Report on the Civil Veterinary Department, Eastern Bengal and Assam - 1907-1911
Year: 1907
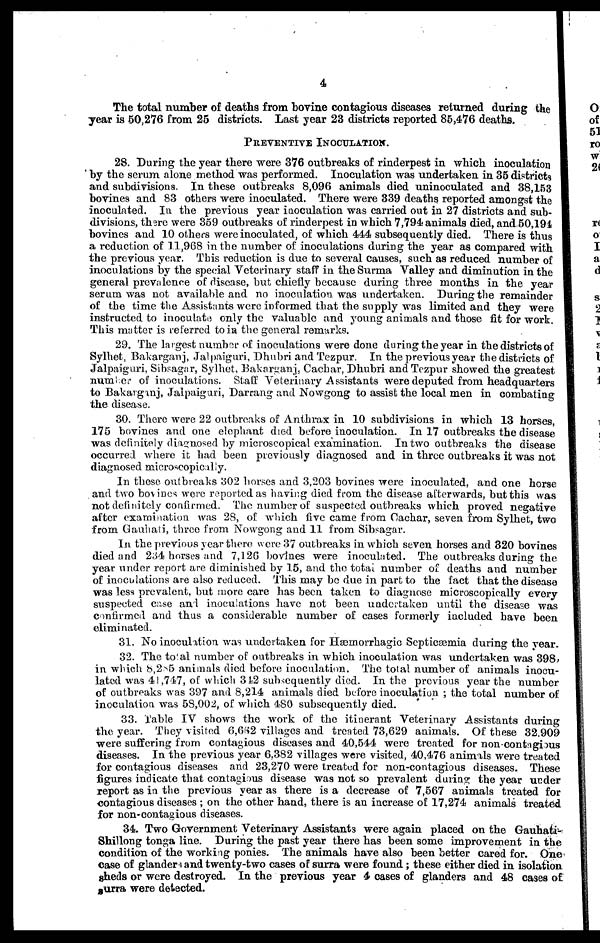
4
The total number of deaths from bovine contagious diseases returned during the
year is 50,276 from 25 districts. Last year 23 districts reported 85,476 deaths.
PREVENTIVE
INOCULATION.
28. During the year there were 376 outbreaks of rinderpest in which inoculation
by the serum alone method was performed. Inoculation was undertaken in 35 districts
and subdivisions. In these outbreaks 8,096 animals died uninoculated and 38,153
bovines and 83 others were inoculated. There were 339 deaths reported amongst the
inoculated. In the previous year inoculation was carried out in 27 districts and sub-
divisions, there were 359 outbreaks of rinderpest in which 7,794 animals died, and 50,194
bovines and 10 others were inoculated, of which 444 subsequently died. There is thus
a reduction of 11,968 in the number of inoculations during the year as compared with
the previous year. This reduction is due to several causes, such as reduced number of
inoculations by the special Veterinary staff in the Surma Valley and diminution in the
general prevalence of disease, but chiefly because during three months in the year
serum was not available and no inoculation was undertaken. During the remainder
of the time the Assistants were informed that the supply was limited and they were
instructed to inoculate only the valuable and young animals and those fit for work.
This matter is referred to in the general remarks.
29. The largest number of inoculations were done during the year in the districts of
Sylhet, Bakarganj, Jalpaiguri, Dhubri and Tezpur. In the previous year the districts of
Jalpaiguri, Sibsagar, Sylhet, Bakarganj, Cachar, Dhubri and Tezpur showed the greatest
number of inoculations. Staff Veterinary Assistants were deputed from headquarters
to Bakarganj, Jalpaiguri, Darrang and Nowgong to assist the local men in combating
the disease.
30. There were 22 outbreaks of Anthrax in 10 subdivisions in which 13 horses,
175 bovines and one elephant died before inoculation. In 17 outbreaks the disease
was definitely diagnosed by microscopical examination. In two outbreaks the disease
occurred where it had been previously diagnosed and in three outbreaks it was not
diagnosed microscopically.
In these outbreaks 302 horses and 3,203 bovines were inoculated, and one horse
and two bovines were reported as having died from the disease afterwards, but this was
not definitely confirmed. The number of suspected outbreaks which proved negative
after examination was 28, of which five came from Cachar, seven from Sylhet, two
from Gauhati, three from Nowgong and 11 from Sibsagar.
In the previous year there were 37 outbreaks in which seven horses and 320 bovines
died and 234 horses and 7,126 bovines were inoculated. The outbreaks during the
year under report are diminished by 15, and the total number of deaths and number
of inoculations are also reduced. This may be due in part to the fact that the disease
was less prevalent, but more care has been taken to diagnose microscopically every
suspected case and inoculations have not been undertaken until the disease was
confirmed and thus a considerable number of cases formerly included have been
eliminated.
31. No inoculation was undertaken for Hæmorrhagic Septicæmia during the year.
32. The total number of outbreaks in which inoculation was undertaken was 398,
in which 8,255 animals died before inoculation. The tolal number of animals inocu-
lated was 41,747, of which 342 subsequently died. In the previous year the number
of outbreaks was 397 and 8,214 animals died before inoculation; the total number of
inoculation was 58,002, of which 480 subsequently died.
33. Table IV shows the work of the itinerant Veterinary Assistants during
the year. They visited 6,662 villages and treated 73,629 animals. Of these 32,909
were suffering from contagious diseases and 40,544 were treated for non-contagious
diseases. In the previous year 6,382 villages were visited, 40,476 animals were treated
for contagious diseases and 23,270 were treated for non-contagious diseases. These
figures indicate that contagious disease was not so prevalent during the year under
report as in the previous year as there is a decrease of 7,567 animals treated for
contagious diseases; on the other hand, there is an increase of 17,274 animals treated
for non-contagious diseases.
34. Two Government Veterinary Assistants were again placed on the Gauhati-
Shillong tonga line. During the past year there has been some improvement in the
condition of the working ponies. The animals have also been better cared for. One
case of glanders and twenty-two cases of surra were found; these either died in isolation
sheds or were destroyed. In the previous year 4 cases of glanders and 48 cases of
surra were detected.